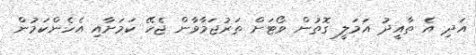
އަދި އެ ތާއީދު އަމަލީ ގޮތުން ވޯޓަށް ތަރުޖަމާވާން ޖެހޭ ކަމަށާއި އެހެންކަމުން